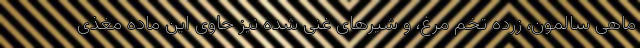
ماهی سالمون، زرده تخم مرغ، و شیرهای غنی شده نیز حاوی این ماده مغذی